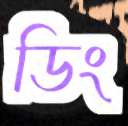
ডিং